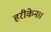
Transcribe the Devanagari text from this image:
हरीकेन।।